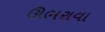
ઊભરાવા